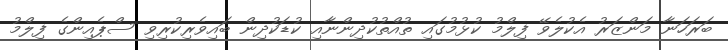
ބަރަހަނާ މަންޒަރު އެކުލެވޭ ފިލްމު ކުޅުމުގައި ތުއްތުކުދިންނާއި ކުޑަކުދިން ބައިވެރިކުރިވި ސްޕެއިންގެ ފިލްމު